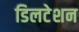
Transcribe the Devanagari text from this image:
डिलटेशन